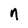
Character: n